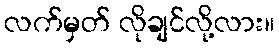
လက်မှတ် လိုချင်လို့လား။